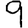
Digit: 9